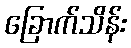
ခြောက်သိန်း